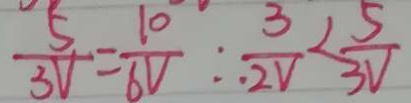
\frac { 5 } { 3 V } = \frac { 1 0 } { 6 V } \therefore \frac { 3 } { 2 V } < \frac { 5 } { 3 V }